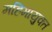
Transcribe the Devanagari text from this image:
महिमायुक्त